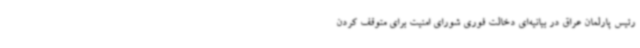
رئیس پارلمان عراق در بیانیه‌ای دخالت فوری شورای امنیت برای متوقف کردن